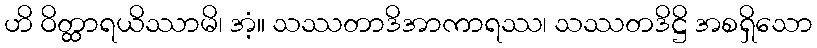
ဟိ ဝိတ္ထာရယိဿာမိ၊ အံ့။ သဿတာဒိအာကာရဿ၊ သဿတဒိဋ္ဌိ အစရှိသော